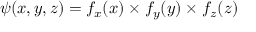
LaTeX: \psi ( x , y , z ) = f _ { x } ( x ) \times f _ { y } ( y ) \times f _ { z } ( z )